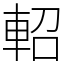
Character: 軺